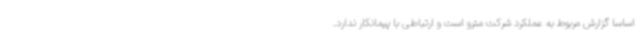
اساسا گزارش مربوط به عملکرد شرکت مترو است و ارتباطی با پیمانکار ندارد.